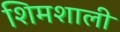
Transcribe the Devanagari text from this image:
शिमशाली